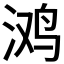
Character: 𭰥